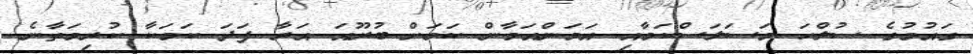
ގައުމުގެ ސުލްހަ މަސަލަސްކަމާއި އަމަންއަމާން ކަމަށް ބުރޫއަ އަރާ ފަދަ ކަމަކާ ކުރިމަތާނެ